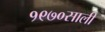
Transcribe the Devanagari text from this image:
१९७०साली